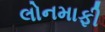
લોનમાફી